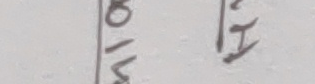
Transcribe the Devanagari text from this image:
८१४० इ